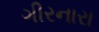
ગીરનારા